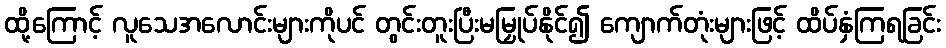
ထို့ကြောင့် လူသေအလောင်းများကိုပင် တွင်းတူးပြီးမမြှုပ်နိုင်၍ ကျောက်တုံးများဖြင့် ထိပ်နှံကြရခြင်း